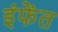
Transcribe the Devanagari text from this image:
इंफेंत